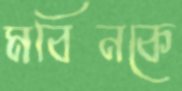
মবিনকে